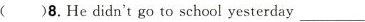
( )8.He didn't go to school yesterday___